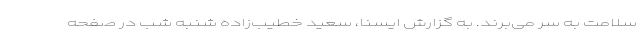
سلامت به سر می‌برند. به گزارش ایسنا، سعید خطیب‌زاده شنبه شب در صفحه